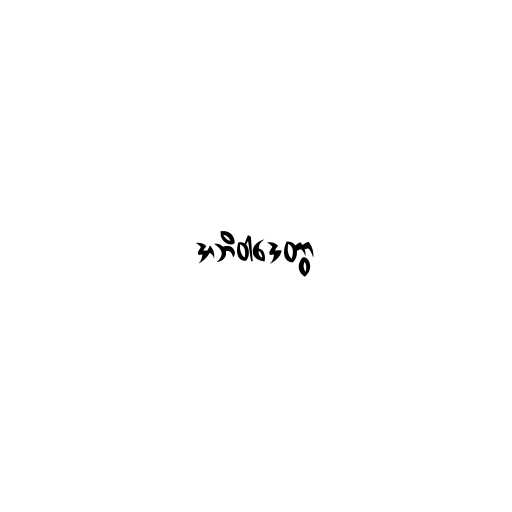
အဘိဝါဒေတွာ